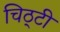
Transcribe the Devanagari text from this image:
चिठ्टी